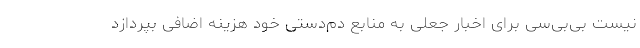
نیست بی‌بی‌سی برای اخبار جعلی به منابع دم‌دستی خود هزینه اضافی بپردازد